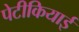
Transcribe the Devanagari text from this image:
पेटीकियाई